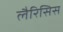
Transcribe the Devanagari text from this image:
लैरिसिस